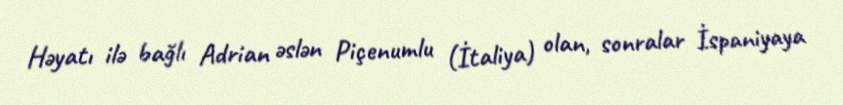
Həyatı ilə bağlı Adrian əslən Piçenumlu (İtaliya) olan, sonralar İspaniyaya